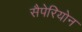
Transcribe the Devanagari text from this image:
सैपेरियोन